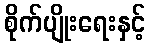
စိုက်ပျိုးရေးနှင့်